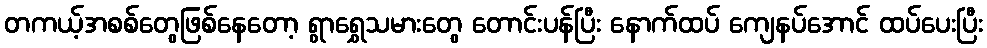
တကယ့်အစစ်တွေဖြစ်နေတော့ ရွာရွှေသမားတွေ တောင်းပန်ပြီး နောက်ထပ် ကျေနပ်အောင် ထပ်ပေးပြီး